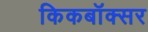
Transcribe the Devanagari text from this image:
किकबॉक्सर